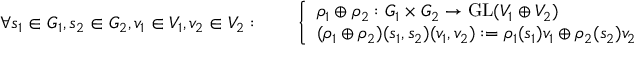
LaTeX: \forall s _ { 1 } \in G _ { 1 } , s _ { 2 } \in G _ { 2 } , v _ { 1 } \in V _ { 1 } , v _ { 2 } \in V _ { 2 } : \qquad { \left\{ \begin{array} { l l } { \rho _ { 1 } \oplus \rho _ { 2 } : G _ { 1 } \times G _ { 2 } \to { \mathrm { G L } } ( V _ { 1 } \oplus V _ { 2 } ) } \\ { ( \rho _ { 1 } \oplus \rho _ { 2 } ) ( s _ { 1 } , s _ { 2 } ) ( v _ { 1 } , v _ { 2 } ) : = \rho _ { 1 } ( s _ { 1 } ) v _ { 1 } \oplus \rho _ { 2 } ( s _ { 2 } ) v _ { 2 } } \end{array} \right. }